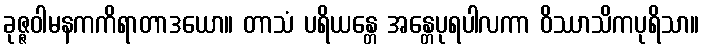
ခုဇ္ဇဝါမနကကိရာတာဒယော။ တာသံ ပရိယန္တေ အန္တေပုရပါလကာ ဝိဿာသိကပုရိသာ။